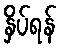
နှိပ်ရန်